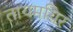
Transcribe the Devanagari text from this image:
तायमयिर